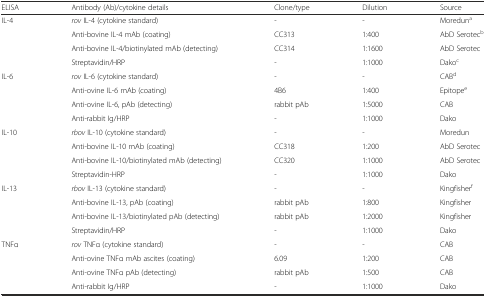
<table><thead><tr><td><b>ELISA</b></td><td><b>Antibody (Ab)/cytokine details</b></td><td><b>Clone/type</b></td><td><b>Dilution</b></td><td><b>Source</b></td></tr></thead><tbody><tr><td rowspan="4">IL-4</td><td><i>rov</i> IL-4 (cytokine standard)</td><td>-</td><td>-</td><td>Moredun<sup>a</sup></td></tr><tr><td>Anti-bovine IL-4 mAb (coating)</td><td>CC313</td><td>1:400</td><td>AbD Serotec<sup>b</sup></td></tr><tr><td>Anti-bovine IL-4/biotinylated mAb (detecting)</td><td>CC314</td><td>1:1600</td><td>AbD Serotec</td></tr><tr><td>Streptavidin/HRP</td><td>-</td><td>1:1000</td><td>Dako<sup>c</sup></td></tr><tr><td rowspan="4">IL-6</td><td><i>rov</i> IL-6 (cytokine standard)</td><td>-</td><td>-</td><td>CAB<sup>d</sup></td></tr><tr><td>Anti-ovine IL-6 mAb (coating)</td><td>4B6</td><td>1:400</td><td>Epitope<sup>e</sup></td></tr><tr><td>Anti-ovine IL-6, pAb (detecting)</td><td>rabbit pAb</td><td>1:5000</td><td>CAB</td></tr><tr><td>Anti-rabbit Ig/HRP</td><td>-</td><td>1:1000</td><td>Dako</td></tr><tr><td rowspan="4">IL-10</td><td><i>rbov</i> IL-10 (cytokine standard)</td><td>-</td><td>-</td><td>Moredun</td></tr><tr><td>Anti-bovine IL-10 mAb (coating)</td><td>CC318</td><td>1:200</td><td>AbD Serotec</td></tr><tr><td>Anti-bovine IL-10/biotinylated mAb (detecting)</td><td>CC320</td><td>1:1000</td><td>AbD Serotec</td></tr><tr><td>Streptavidin-HRP</td><td>-</td><td>1:1000</td><td>Dako</td></tr><tr><td rowspan="4">IL-13</td><td><i>rbov</i> IL-13 (cytokine standard)</td><td>-</td><td>-</td><td>Kingfisher<sup>f</sup></td></tr><tr><td>Anti-bovine IL-13, pAb (coating)</td><td>rabbit pAb</td><td>1:800</td><td>Kingfisher</td></tr><tr><td>Anti-bovine IL-13/biotinylated pAb (detecting)</td><td>rabbit pAb</td><td>1:2000</td><td>Kingfisher</td></tr><tr><td>Streptavidin/HRP</td><td>-</td><td>1:1000</td><td>Dako</td></tr><tr><td rowspan="4">TNFα</td><td><i>rov</i> TNFα (cytokine standard)</td><td>-</td><td>-</td><td>CAB</td></tr><tr><td>Anti-ovine TNFα mAb ascites (coating)</td><td>6.09</td><td>1:200</td><td>CAB</td></tr><tr><td>Anti-ovine TNFα pAb (detecting)</td><td>rabbit pAb</td><td>1:500</td><td>CAB</td></tr><tr><td>Anti-rabbit Ig/HRP</td><td>-</td><td>1:1000</td><td>Dako</td></tr></tbody></table>